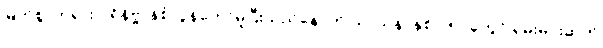
မြတ်စွာဘုရား ပရိနိဗ္ဗာန်စံလွန်တော်မူပြီးသည်နောက် သာသနာနှစ် ၁၅၇ခုတွင် ရှမ်းမင်းဆက်